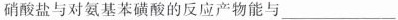
硝酸盐与对氨基苯磺酸的反应产物能与___